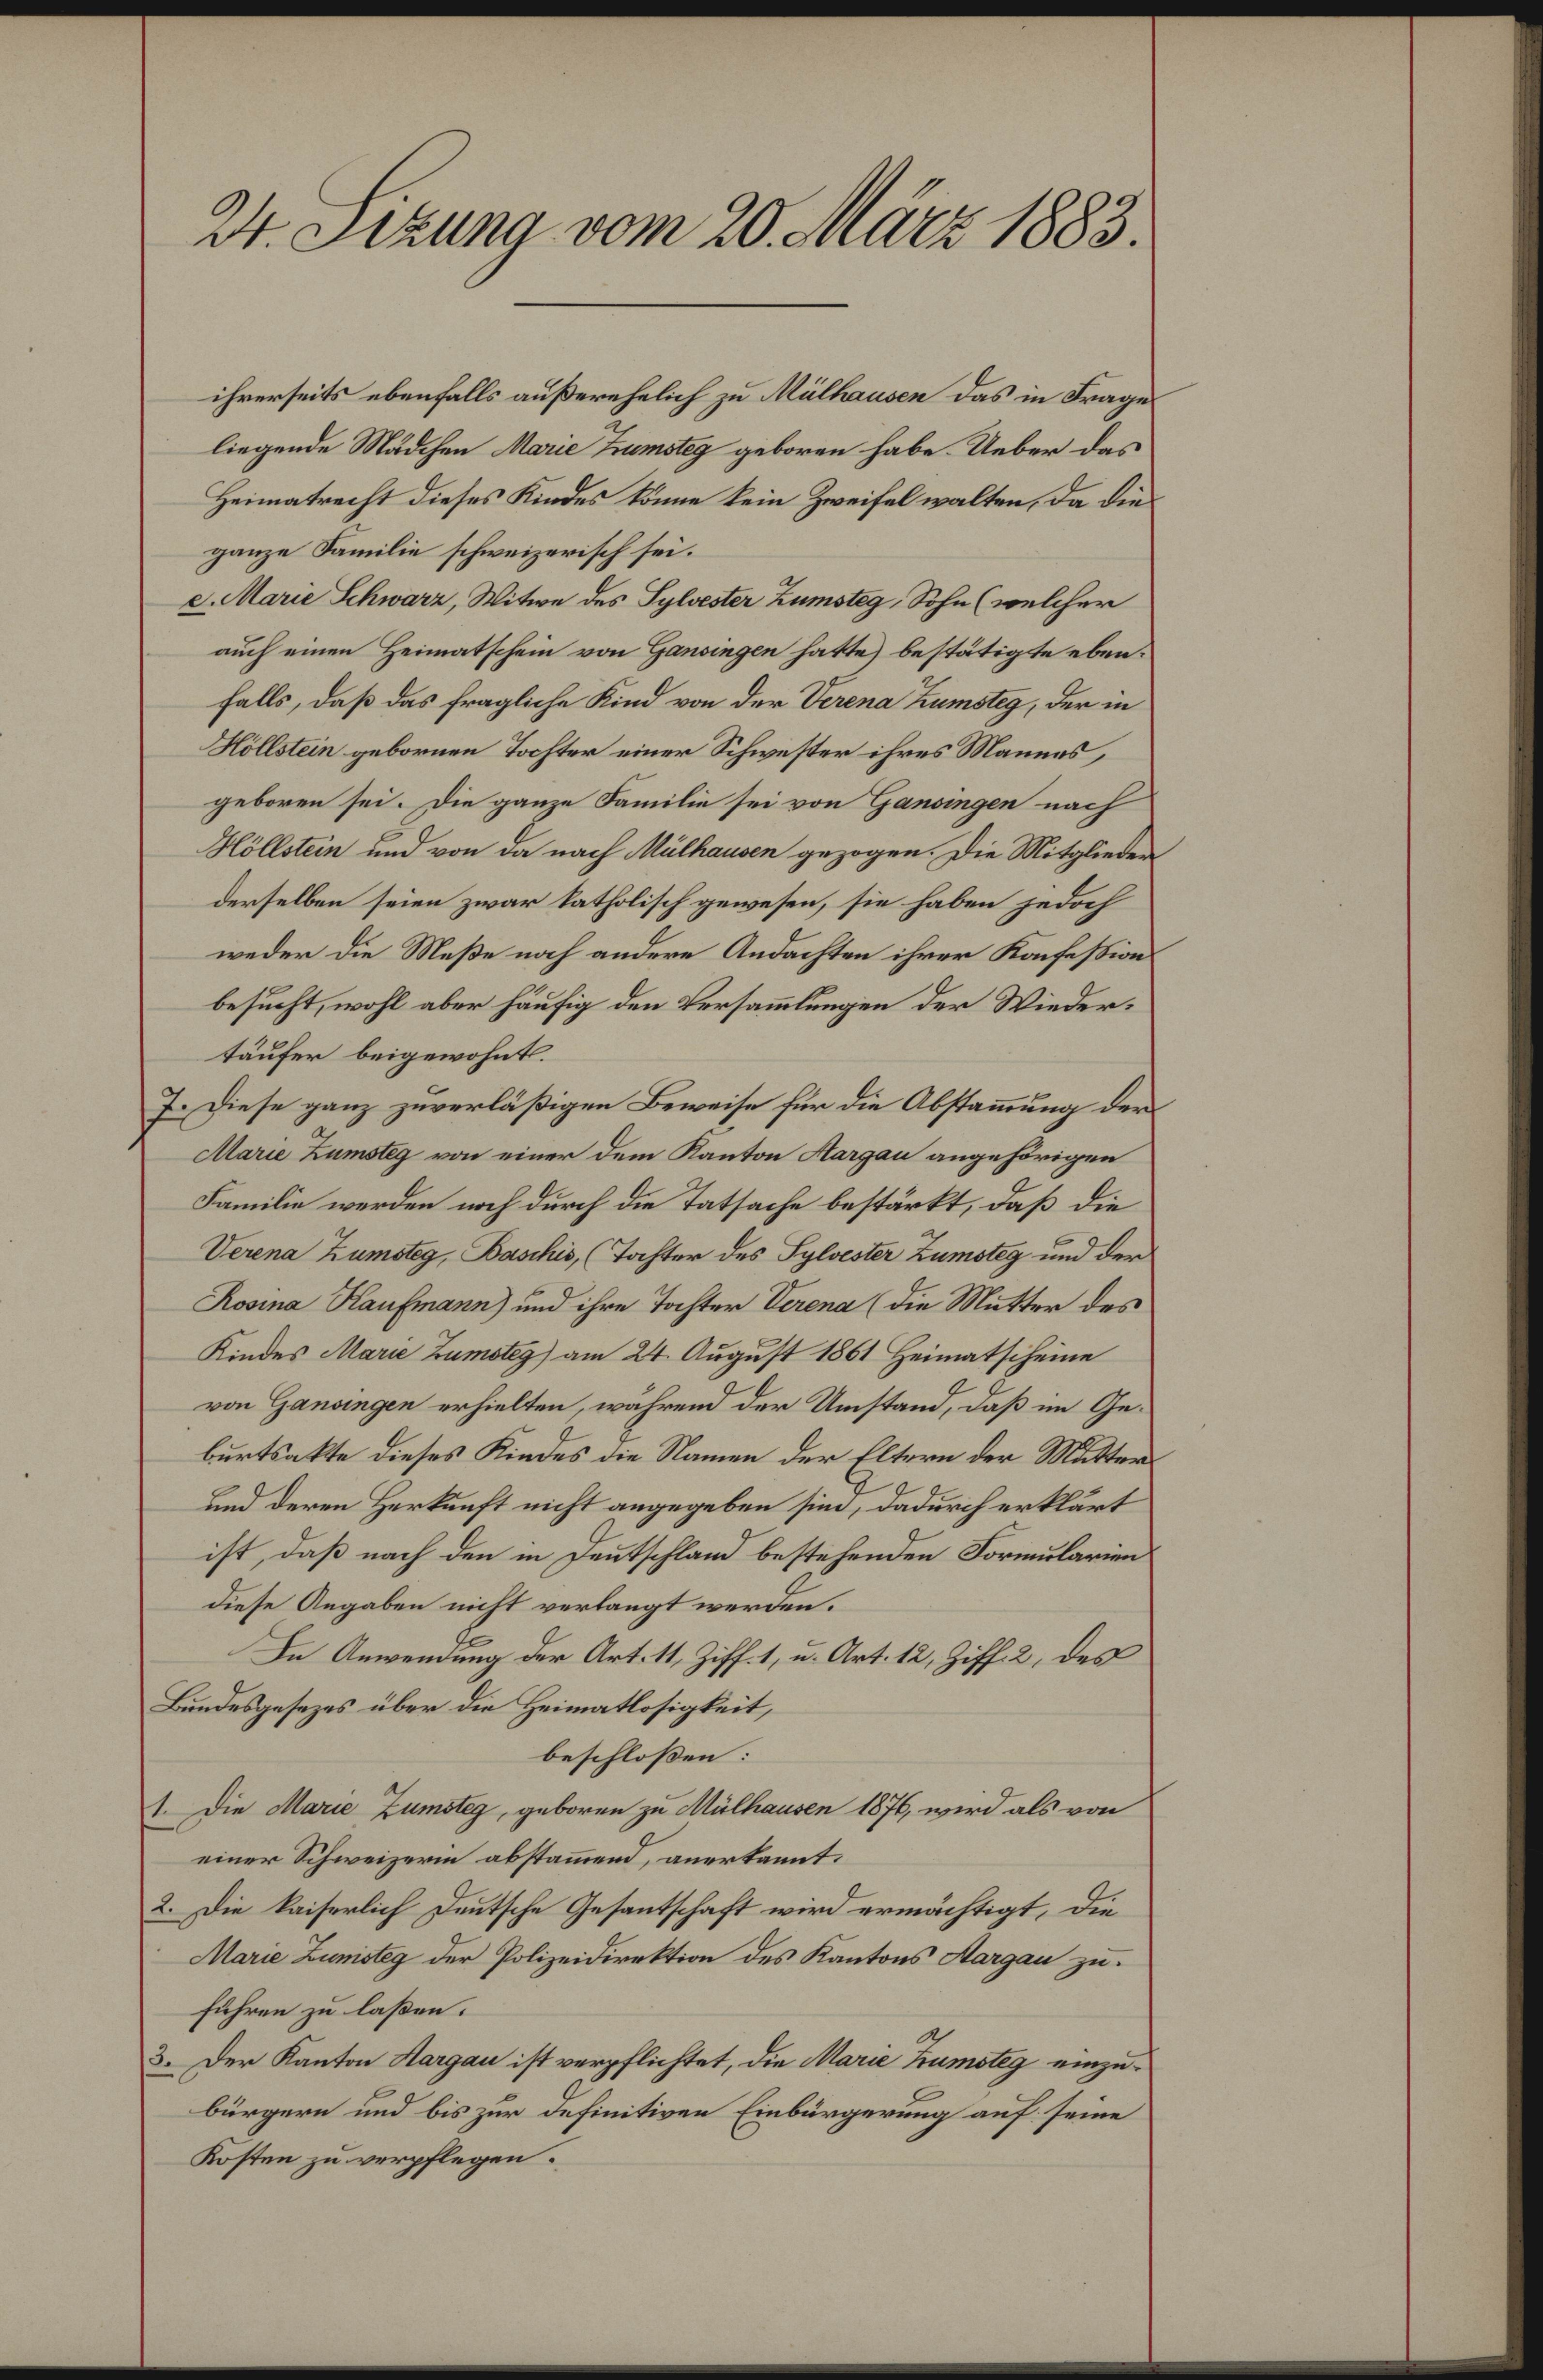
24. Sizung vom 20. März 1883.

ihrerseits ebenfalls außerehelich zu Mülhausen das in Frage
liegende Mädchen Marie Trumsteg geboren habe. Ueber das
Heimatrecht dieses Kindes könne kein Zweifel walten, da die
ganze Familie schweizerisch sei.
c. Marie Schwarz, Witwe des Sylvester Zumsteg, Sohn (welcher
auch einen Heimatschein von Gansingen hatte) bestätigte ebenfalls, daß das fragliche Kind von der Verena Zumsteg, der in
Höllstein gebornen Tochter einer Schwester ihres Mannes,
geboren sei. Die ganze Familie sei von Gansingen nach
Höllstein und von da nach Mülhausen gezogen. Die Mitglieder
derselben seien zwar katholisch gewesen, sie haben jedoch
weder die Meße noch andere Andachten ihrer Konfession
besucht, wohl aber häufig den Versammlungen der Wiedertäufer beigewohnt.
7. Diese ganz zuverläßigen Beweise für die Abstammung der
Marie Zumsteg von einer dem Kanton Aargau angehörigen
Familie werden noch durch die Tatsache bestärkt, daß die
Verena Zumsteg, Baschis, (Tochter des Sylvester Zumsteg und der
Rosina Kaufmann) und ihre Tochter Verena (die Mutter des
Kindes Marie Zumotey) am 24. August 1861 Heimatscheine
von Gansingen erhielten, während der Umstand, daß im Geburtsakte dieses Kindes die Namen der Eltern der Mutters
und deren Herkunft nicht angegeben sind, dadurch erklärt
ist, daß nach den in Deutschland bestehenden Formularien
diese Angaben nicht verlangt werden.
In Anwendung der Art. 11, Ziff. 1, u. Art. 12, Ziff. 2, des
Bundesgesetzes über die Heimatlosigkeit,
beschloßen:
1. Die Marie Zumsteg, geboren zu Mülhausen 1876, wird als von
einer Schweizerin abstammend, anerkannt.
2. Die kaiserlich Deutsche Gesantschaft wird ermächtigt, die
Marie Zunisteg der Polizeidirektion des Kantons Aargau zu.
führen zu laßen.
3. Der Kanton Hargau ist verpflichtet, die Marie Trumsteg einzubürgern und bis zur definitiven Einbürgerung auf seine
Kosten zu verpflegen.